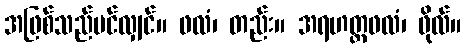
အဖြစ်သည်ပင်လျှင်။ ဖလံ၊ တည်း။ အရဟတ္တဖလံ၊ ဖိုလ်။